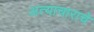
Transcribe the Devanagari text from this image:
अत्‍याचाराचे